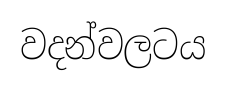
වදන්වලටය